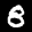
Label: 8